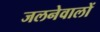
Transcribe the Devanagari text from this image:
जलनेवालों